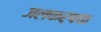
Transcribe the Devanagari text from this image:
जलकर्षक